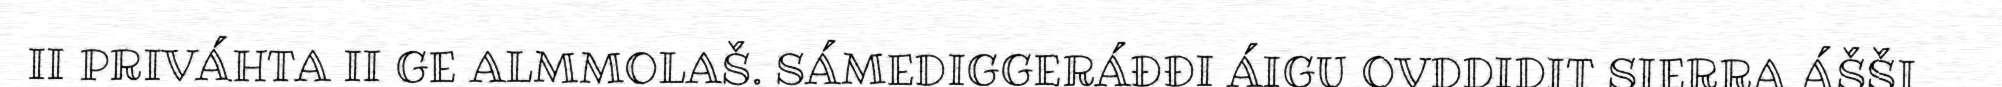
II PRIVÁHTA II GE ALMMOLAŠ. SÁMEDIGGERÁĐĐI ÁIGU OVDDIDIT SIERRA ÁŠŠI